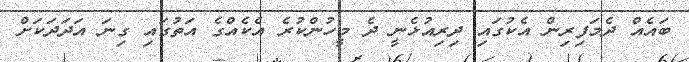
ބައެއް ދެމަފިރިން އެކުގައި ދިރިއުޅެނީ ދެ މީހުންކުރެ އެކެއްގެ އަތުގައި ގިނަ އަދަދަކަށް